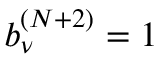
b _ { \nu } ^ { ( N + 2 ) } = 1